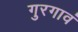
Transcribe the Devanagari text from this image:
गुरगावं